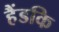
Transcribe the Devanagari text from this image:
हैंडकि